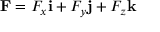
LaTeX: \mathbf { F } = F _ { x } \mathbf { i } + F _ { y } \mathbf { j } + F _ { z } \mathbf { k }